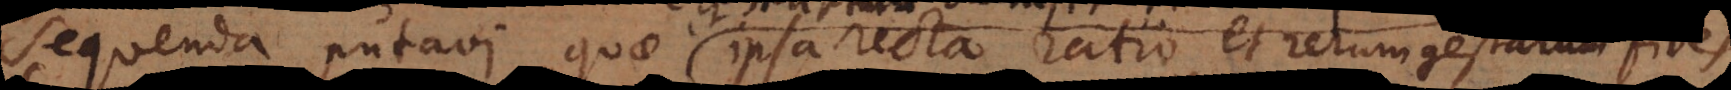
antiquitas, et ipsa recta ratio et rerum gestarum fides